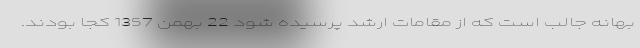
بهانه جالب است که از مقامات ارشد پرسیده شود 22 بهمن 1357 کجا بودند.